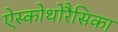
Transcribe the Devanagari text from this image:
ऐस्कोथोरैसिका